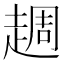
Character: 䞴